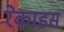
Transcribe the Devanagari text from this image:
रेकाडस